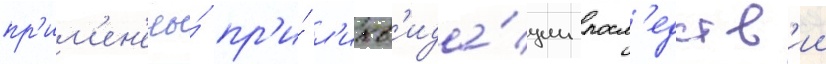
пр'им'ен'ены́ пр'и́ л'икв'ида́ции посл'едств'ии